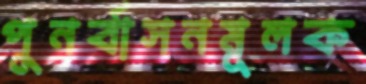
পুনর্বাসনমূলক